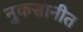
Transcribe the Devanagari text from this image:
नुकसानीत